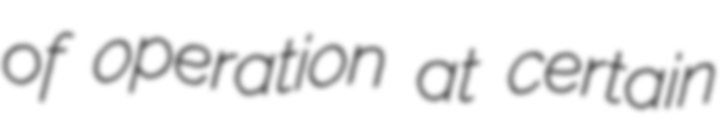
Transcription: of operation at certain